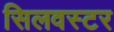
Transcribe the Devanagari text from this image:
सिलवस्टर